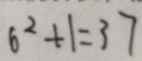
6 ^ { 2 } + 1 = 3 7